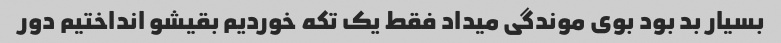
بسیار بد بود بوی موندگی میداد فقط یک تکه خوردیم بقیشو انداختیم دور